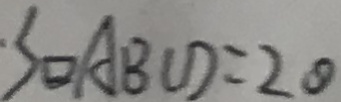
S _ { / / o g r a m A B C D } = 2 0